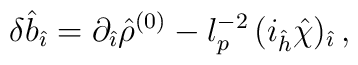
\delta {\hat b}_{\hat \imath}=\partial_{\hat \imath}{\hat \rho}^{(0)}- l_p^{-2} \, (i_{\hat h}{\hat \chi})_{\hat \imath}\, ,